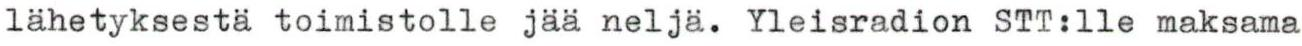
lähetyksestä toimistolle jää neljä. Yleisradion STT:lle maksama